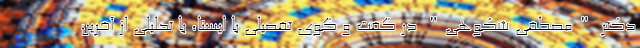
دکتر "مصطفی شکوهی" در گفت و گوی تفصیلی با ایسنا، با تحلیلی از آخرین